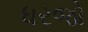
ધરજો